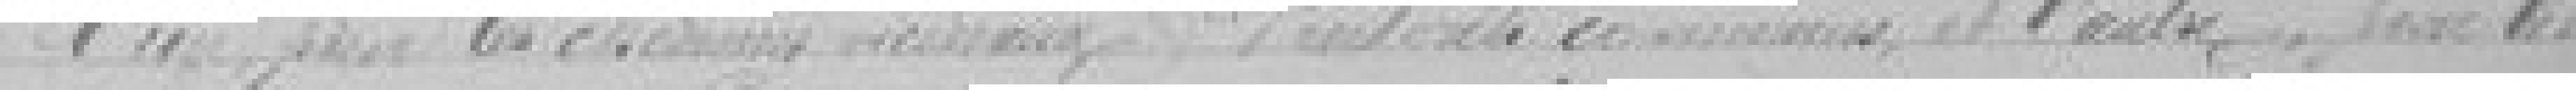
l'un pour les chemins vicinaux d'intérêt commun, et l'autre pour les